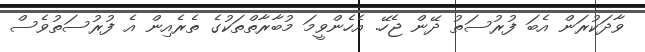
ވާދަކުރަން އެބަ ފުރުސަތު ދޭން ޖެހޭ. އެހެންވީމަ މުބާރާތްތަކުގެ ތެރެއިން އެ ފުރުސަތުވެސް